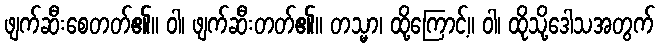
ဖျက်ဆီးစေတတ်၏။ ဝါ၊ ဖျက်ဆီးတတ်၏။ တသ္မာ၊ ထို့ကြောင့်။ ဝါ၊ ထိုသို့ဒေါသအတွက်